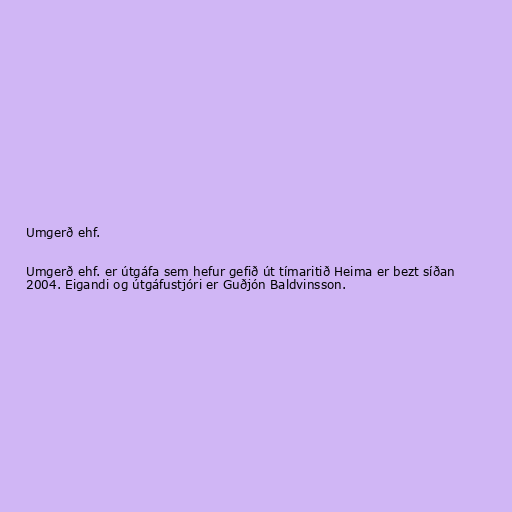
Umgerð ehf.

Umgerð ehf. er útgáfa sem hefur gefið út tímaritið Heima er bezt síðan
2004. Eigandi og útgáfustjóri er Guðjón Baldvinsson.